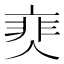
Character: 𩇰